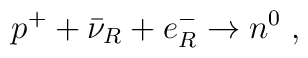
p^+  + \bar\nu_R + e^-_R \to  n^0  \; ,